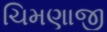
ચિમણાજી